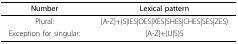
| Number | Lexical pattern |
 | --- | --- |
 | Plural: | [A-Z]+(S|IES|OES|XES|SHES|CHES|SES|ZES) |
 | Exception for singular: | [A-Z]+(U|S)S |